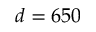
d = 6 5 0